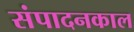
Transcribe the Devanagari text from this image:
संपादनकाल